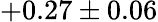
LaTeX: +0.27\pm 0.06